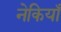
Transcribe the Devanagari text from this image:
नेकियाँ